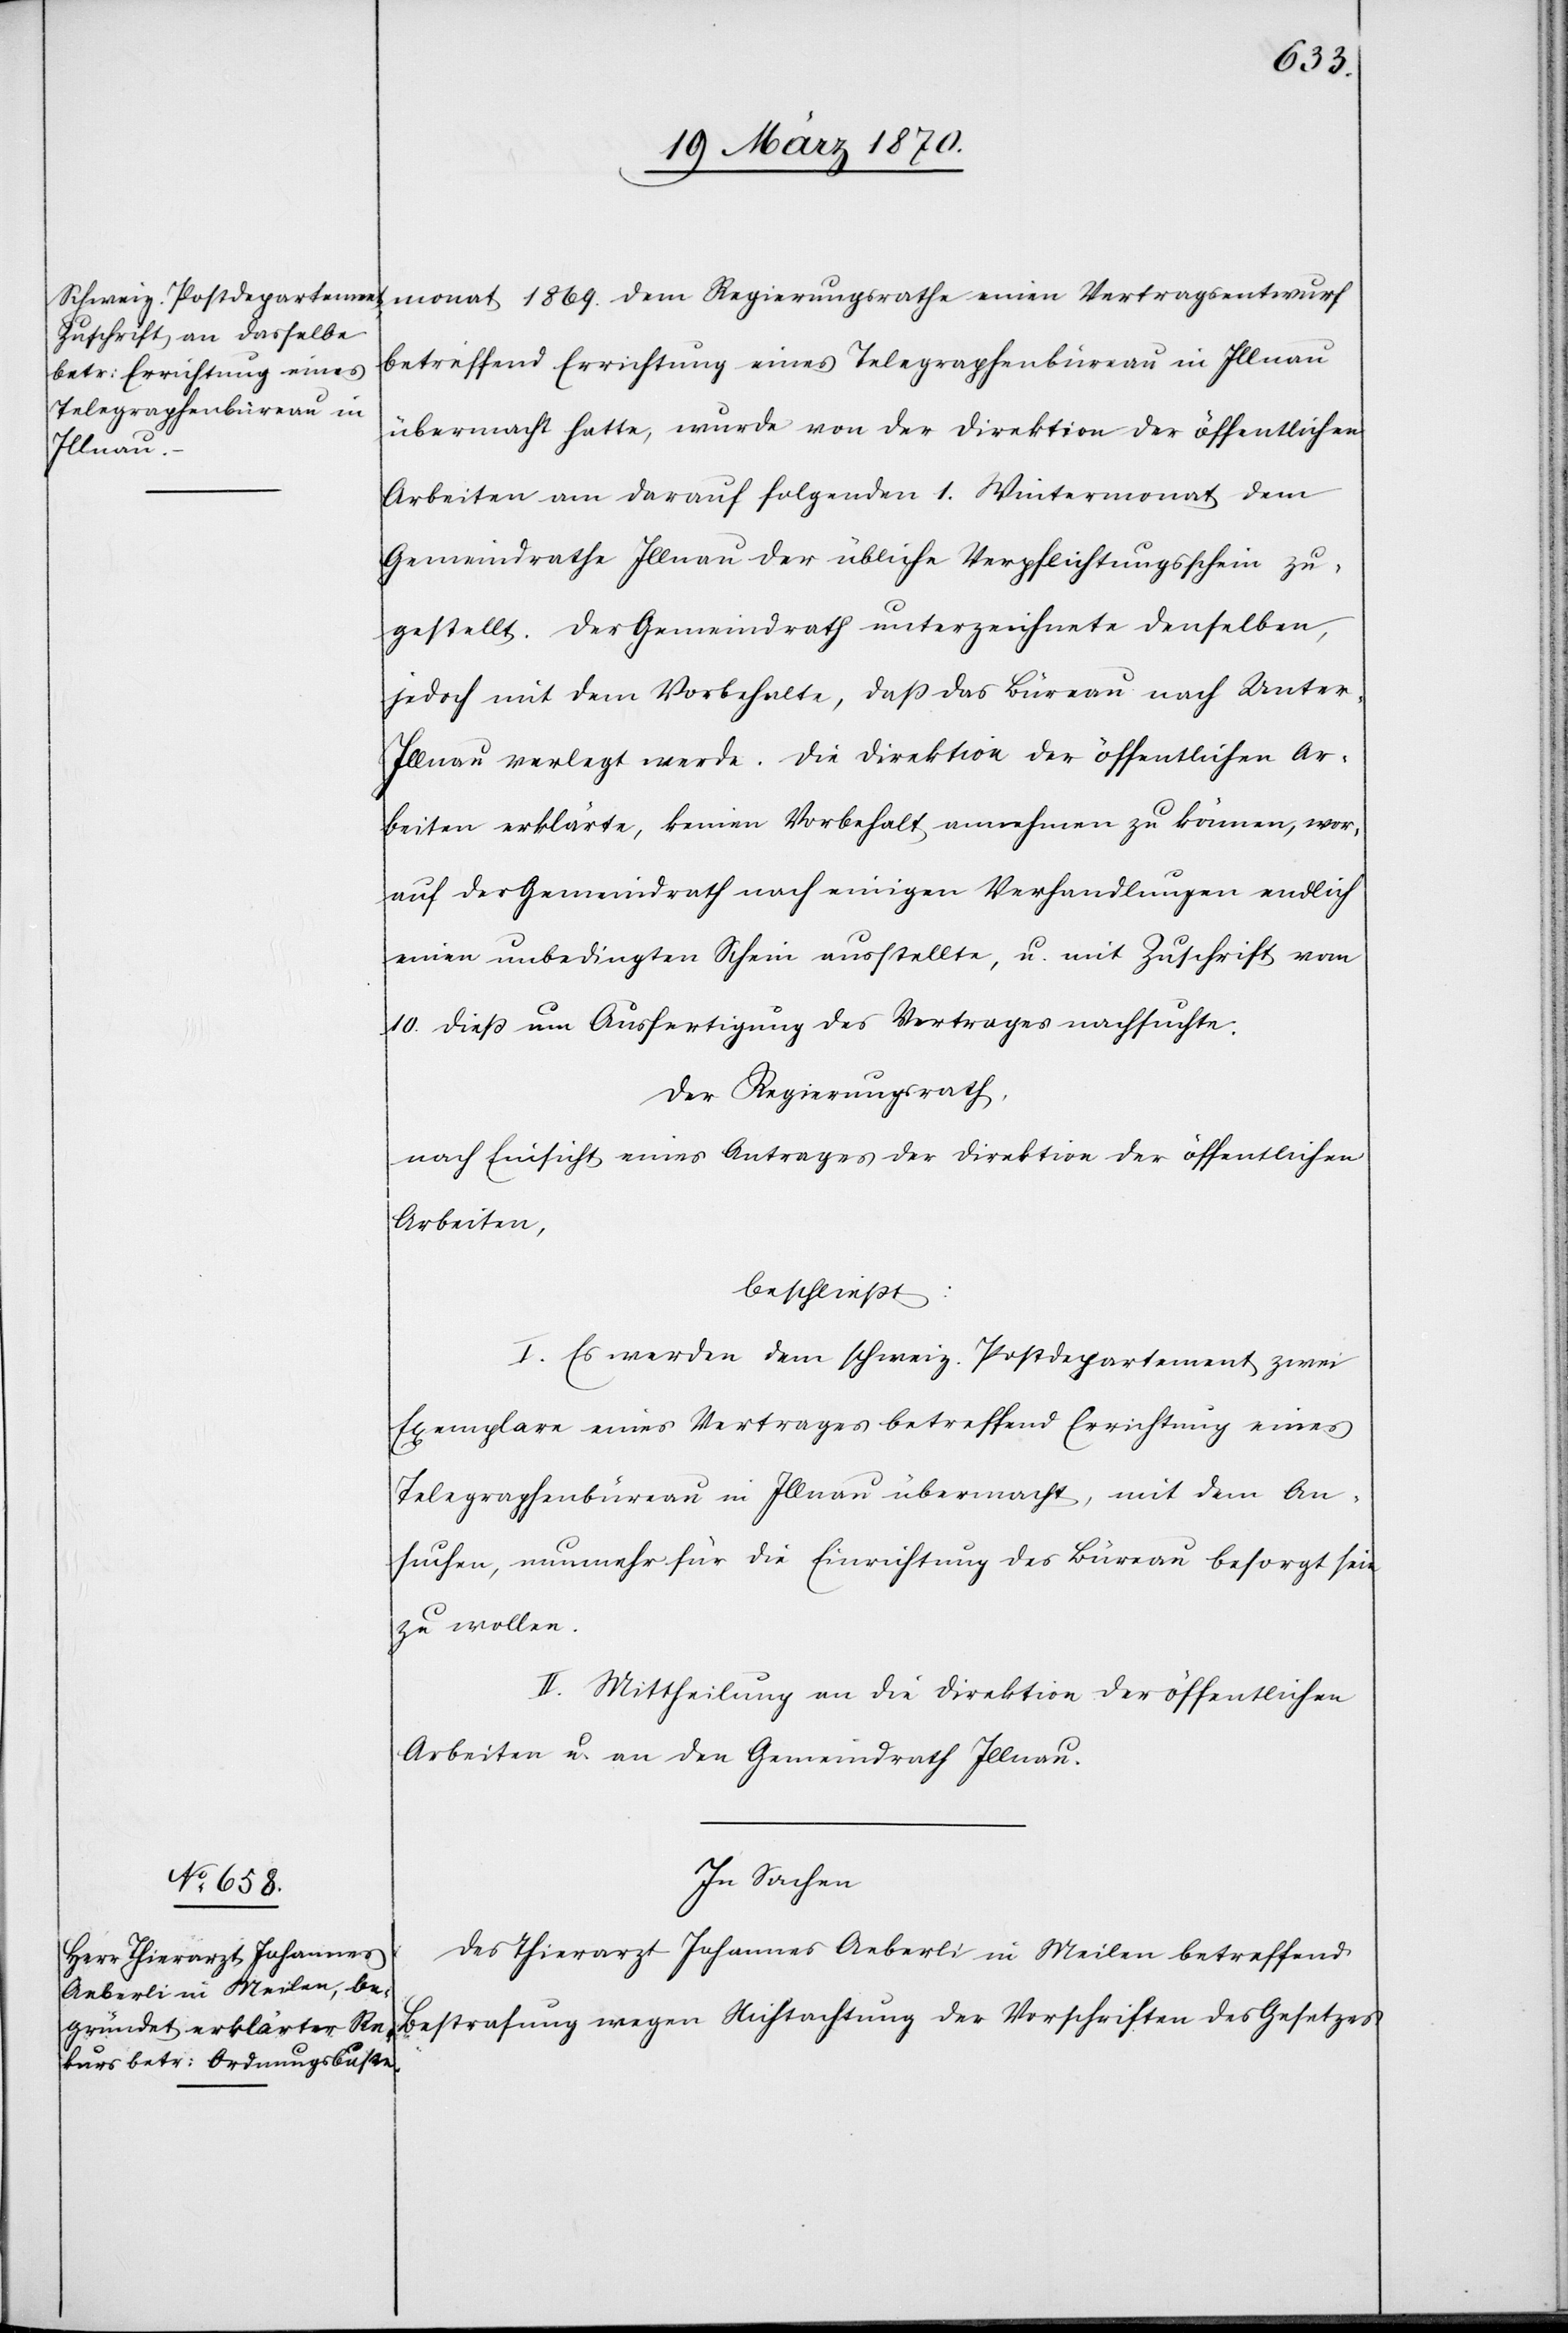
monat 1869. dem Regierungsrathe einen Vertragsentwurf
betreffend Errichtung eines Telegraphenbüreau in Illnau
übermacht hatte, wurde von der Direktion der öffentlichen
Arbeiten am darauf folgenden 1. Wintermonat dem
Gemeindrathe Illnau der übliche Verpflichtungsschein zu¬
gestellt. Der Gemeindrath unterzeichnete denselben,
jedoch mit dem Vorbehalte, daß das Büreau nach Unter-I¬
llnau verlegt werde. Die Direktion der öffentlichen Ar¬
beiten erklärte, keinen Vorbehalt annehmen zu können, wor¬
auf der Gemeindrath nach einigen Verhandlungen endlich
einen unbedingten Schein ausstellte, u. mit Zuschrift vom
10. dieß um Ausfertigung des Vertrages nachsuchte.
Der Regierungsrath,
nach Einsicht eines Antrages der Direktion der öffentlichen
Arbeiten,
beschließt:
I. Es werden dem schweiz. Postdepartement zwei
Exemplare eines Vertrages betreffend Errichtung eine
Telegraphenbüreau in Illnau übermacht, mit dem An¬
suchen, nunmehr für die Einrichtung des Büreau besorgt sein
zu wollen.
II. Mittheilung an die Direktion der öffentlichen
Arbeiten u. an den Gemeindrath Illnau.
In Sachen
des Thierarzt Johannes Aeberli in Meilen betreffend
Bestrafung wegen Nichtachtung der Vorschriften des Gesetzes